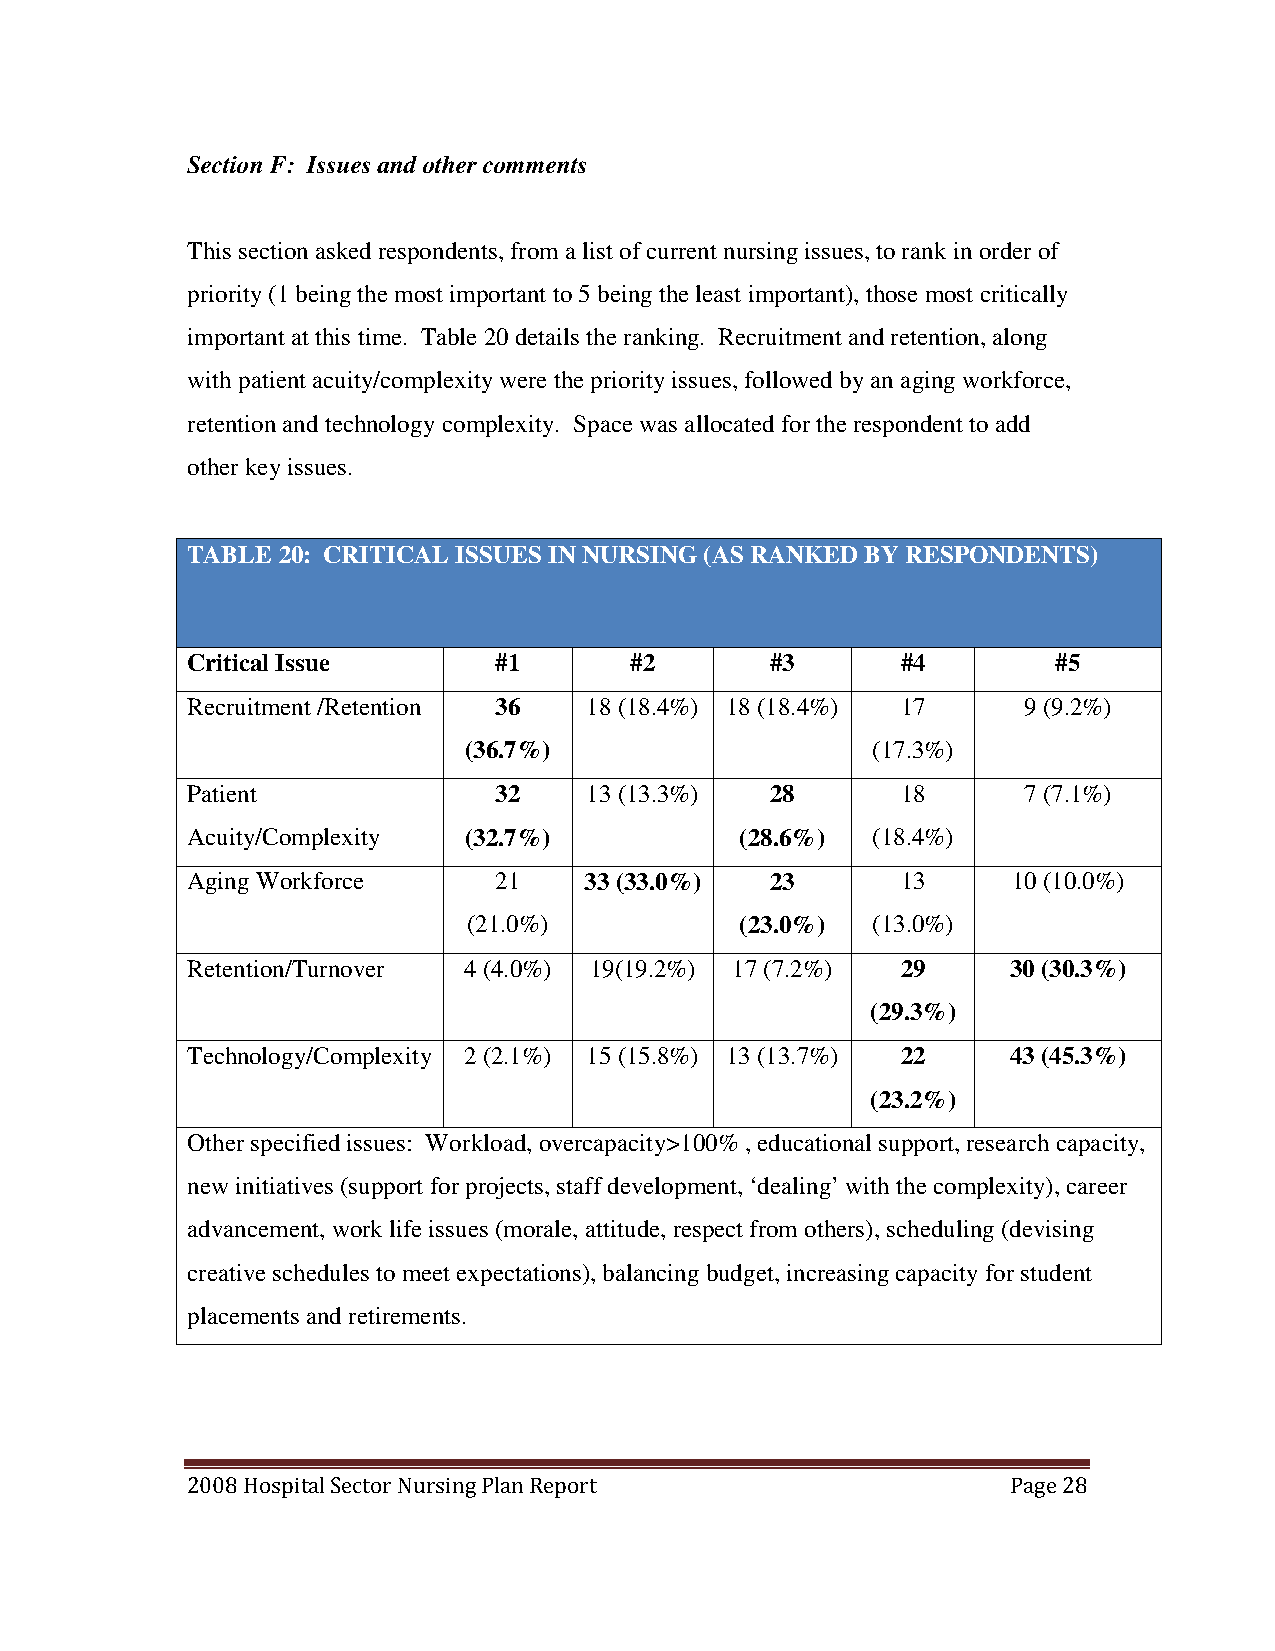
Section F: Issues and other comments
 This section asked respondents, from a list of current nursing issues, to rank in order of
 priority (1 being the most important to 5 being the least important), those most critically
 important at this time. Table 20 details the ranking. Recruitment and retention, along
 with patient acuity/complexity were the priority issues, followed by an aging workforce,
 retention and technology complexity. Space was allocated for the respondent to add
 other key issues.
 TABLE 20: CRITICAL ISSUES IN NURSING (AS RANKED BY RESPONDENTS)
 Critical Issue       #1       #2       #3       #4        #5
 Recruitment /Retention 36  18 (18.4%) 18 (18.4%) 17     9 (9.2%)
 (36.7%)                    (17.3%)
 Patient              32    13 (13.3%)  28       18      7 (7.1%)
 Acuity/Complexity  (32.7%)           (28.6%)  (18.4%)
 Aging Workforce      21    33 (33.0%)  23       13     10 (10.0%)
 (21.0%)           (23.0%)  (13.0%)
 Retention/Turnover 4 (4.0%) 19(19.2%) 17 (7.2%) 29     30 (30.3%)
 (29.3%)
 Technology/Complexity 2 (2.1%) 15 (15.8%) 13 (13.7%) 22 43 (45.3%)
 (23.2%)
 Other specified issues: Workload, overcapacity>100% , educational support, research capacity,
 new initiatives (support for projects, staff development, ‘dealing’ with the complexity), career
 advancement, work life issues (morale, attitude, respect from others), scheduling (devising
 creative schedules to meet expectations), balancing budget, increasing capacity for student
 placements and retirements.
 2008 Hospital Sector Nursing Plan Report               Page 28